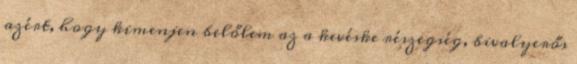
azért, hogy kimenjen belőlem az a kevéske részegség, bivalyerős